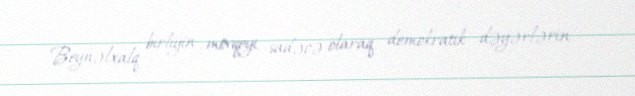
Beynəlxalq birliyin mövqeyi, sadəcə olaraq, demokratik dəyərlərin